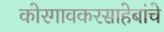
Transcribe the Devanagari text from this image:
कोरगावकरसाहेबांचे